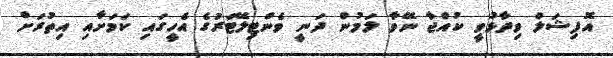
އޮފިޝަލް ވިދާޅުވީ ކުއްޖާ ނޭވާ ލަމުން ދަނީ ވެންޓިލޭޓަރުގެ އެހީގައި ކަމަށާއި އިތުރަށް